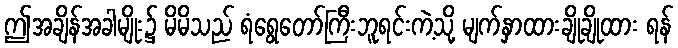
ဤအချိန်အခါမျိုး၌ မိမိသည် ရံရွေတော်ကြီးဘူရင်းကဲ့သို့ မျက်နှာထားချိုချိုထား ရန်